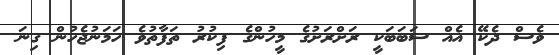
ވެސް ދެކޭ އެއް ސަބަބަކީ ރަށްރަށުގެ މީހުންގެ ފިކުރު ތަފާތުވެ ހަމަނުޖެހުން ގިނަ